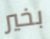
بخير